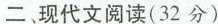
二、现代文阅读(32分)